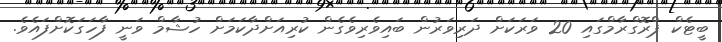
ބީޓެކް ޕްރޮގްރާމްގައި 20 ވަރަކަށް ދަރިވަރުން ބައިވެރިވެގެން ކުރިއަށްދާކަމަށް ހުޝާމް ވަނީ ފާހަގަކޮށްފައެވެ.